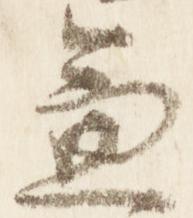
兼